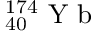
_ { 4 0 } ^ { 1 7 4 } \mathrm { ~ Y ~ b ~ }